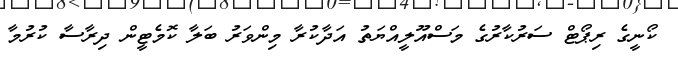
ކޯނީގެ ރިޕޯޓް ސަރުކާރުގެ މަސްއޫލީއްޔަތު އަދާކުރާ މިންވަރު ބަލާ ކޮމެޓީން ދިރާސާ ކުރުމާ